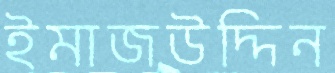
ইমাজউদ্দিন